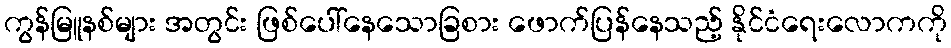
ကွန်မြူနစ်များ အတွင်း ဖြစ်ပေါ်နေသောခြစား ဖောက်ပြန်နေသည့် နိုင်ငံရေးလောကကို